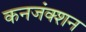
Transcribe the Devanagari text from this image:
कनजंक्शन